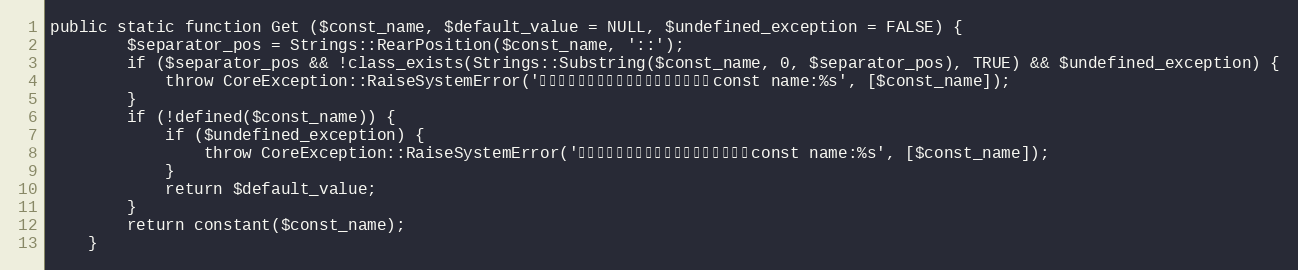
Language: PHP
public static function Get ($const_name, $default_value = NULL, $undefined_exception = FALSE) {
		$separator_pos = Strings::RearPosition($const_name, '::');
		if ($separator_pos && !class_exists(Strings::Substring($const_name, 0, $separator_pos), TRUE) && $undefined_exception) {
			throw CoreException::RaiseSystemError('存在しないクラスが設定されています。const name:%s', [$const_name]);
		}
		if (!defined($const_name)) {
			if ($undefined_exception) {
				throw CoreException::RaiseSystemError('存在しない定数名が設定されています。const name:%s', [$const_name]);
			}
			return $default_value;
		}
		return constant($const_name);
	}